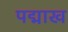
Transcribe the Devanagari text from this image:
पद्माख